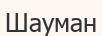
Шауман